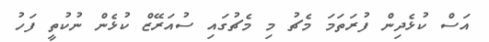
އަސް ކުޅެދިން ފުރަތަމަ މެޗު މި މެޗުގައި ސުއަރޭޒް ކުޅެން ނުކުތީ ފަހު